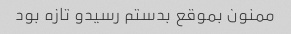
ممنون بموقع بدستم رسیدو تازه بود